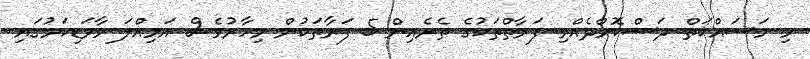
މި މަސައްކަތް ދަސްކޮށްދެއްވި ފަރާތްތަކުގެ ތެރެއިން 5 ފަރާތަކުން މިހާރުވެސް އަމިއްލަ މާވަޑިކަމުގައި